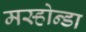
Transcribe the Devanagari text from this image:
मस्होन्डा